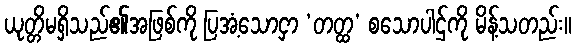
ယုတ္တိမရှိသည်၏အဖြစ်ကို ပြအံ့သောငှာ ‘တတ္ထ’ စသောပါဌ်ကို မိန့်သတည်း။